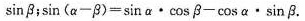
\sin β$$；$$\sin ( α - β ) = \sin α \cdot \cos β - \cos α \cdot \sin β$$.